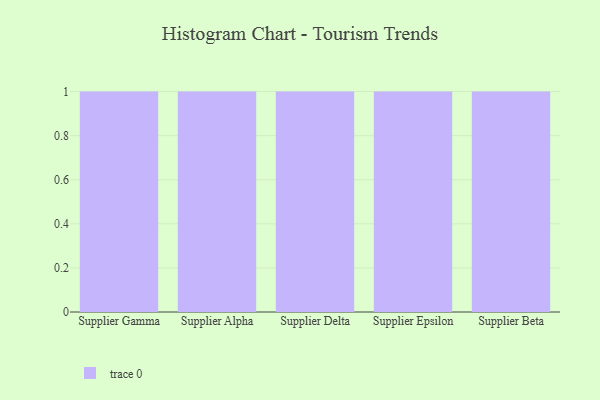
{"axis": {"x": "Supplier", "y": "Website Visitors"}, "legend": [""], "data": [{"x": "Supplier Gamma", "y": 45, "type": ""}, {"x": "Supplier Alpha", "y": 40, "type": ""}, {"x": "Supplier Delta", "y": 31, "type": ""}, {"x": "Supplier Epsilon", "y": 24, "type": ""}, {"x": "Supplier Beta", "y": 8, "type": ""}]}